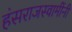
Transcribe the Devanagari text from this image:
हंसराजस्वामींनी